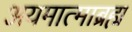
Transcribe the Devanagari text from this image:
अयमात्माब्रह्म